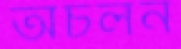
অচলন